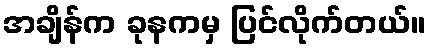
အချိန်က ခုနကမှ ပြင်လိုက်တယ်။